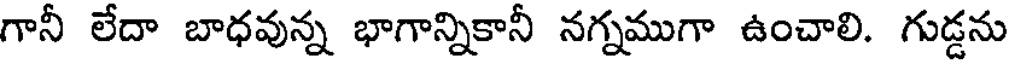
గానీ లేదా బాధవున్న భాగాన్నికానీ నగ్నముగా ఉంచాలి. గుడ్డను